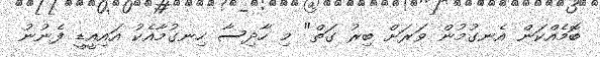
ބޮމެއްކަން އެނގުމުން ވަރަށް ބިރު ގަތް" މި ހާދިސާ ހިނގުމާއެކު އައިއީޑީ ފެނުނު